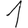
Digit: 1